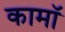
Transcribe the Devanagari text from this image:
कामॉ